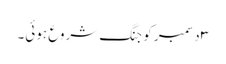
۳ دسمبر کو جنگ شروع ہوئی۔